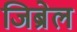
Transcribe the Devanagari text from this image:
जिब्रेल